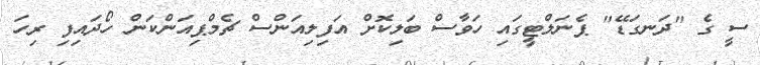
ސީ ގެ "ދަނގަޑޭ" ޕެނަލްޓީގައި ހަވާސް ބަލިކޮށް އަފިލިއަންސް ޗެމްޕިއަންކަން ހޯދައިފި ރިހަ